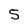
Character: 5